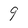
Character: 9